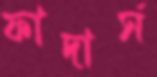
ফাদার্স